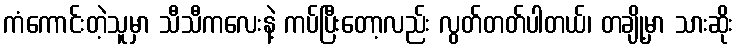
ကံကောင်းတဲ့သူမှာ သီသီကလေးနဲ့ ကပ်ပြီးတော့လည်း လွတ်တတ်ပါတယ်၊ တချို့မှာ သားဆိုး